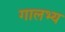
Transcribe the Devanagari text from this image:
गालभ्य